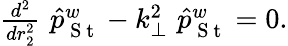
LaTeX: \begin{array}{r}{\frac{d^{2}}{dr_{2}^{2}}\, \, \hat{p}_{\mathrm{~S~t~}}^{w}-k_{\perp}^{2}\, \, \hat{p}_{\mathrm{~S~t~}}^{w}=0.}\end{array}